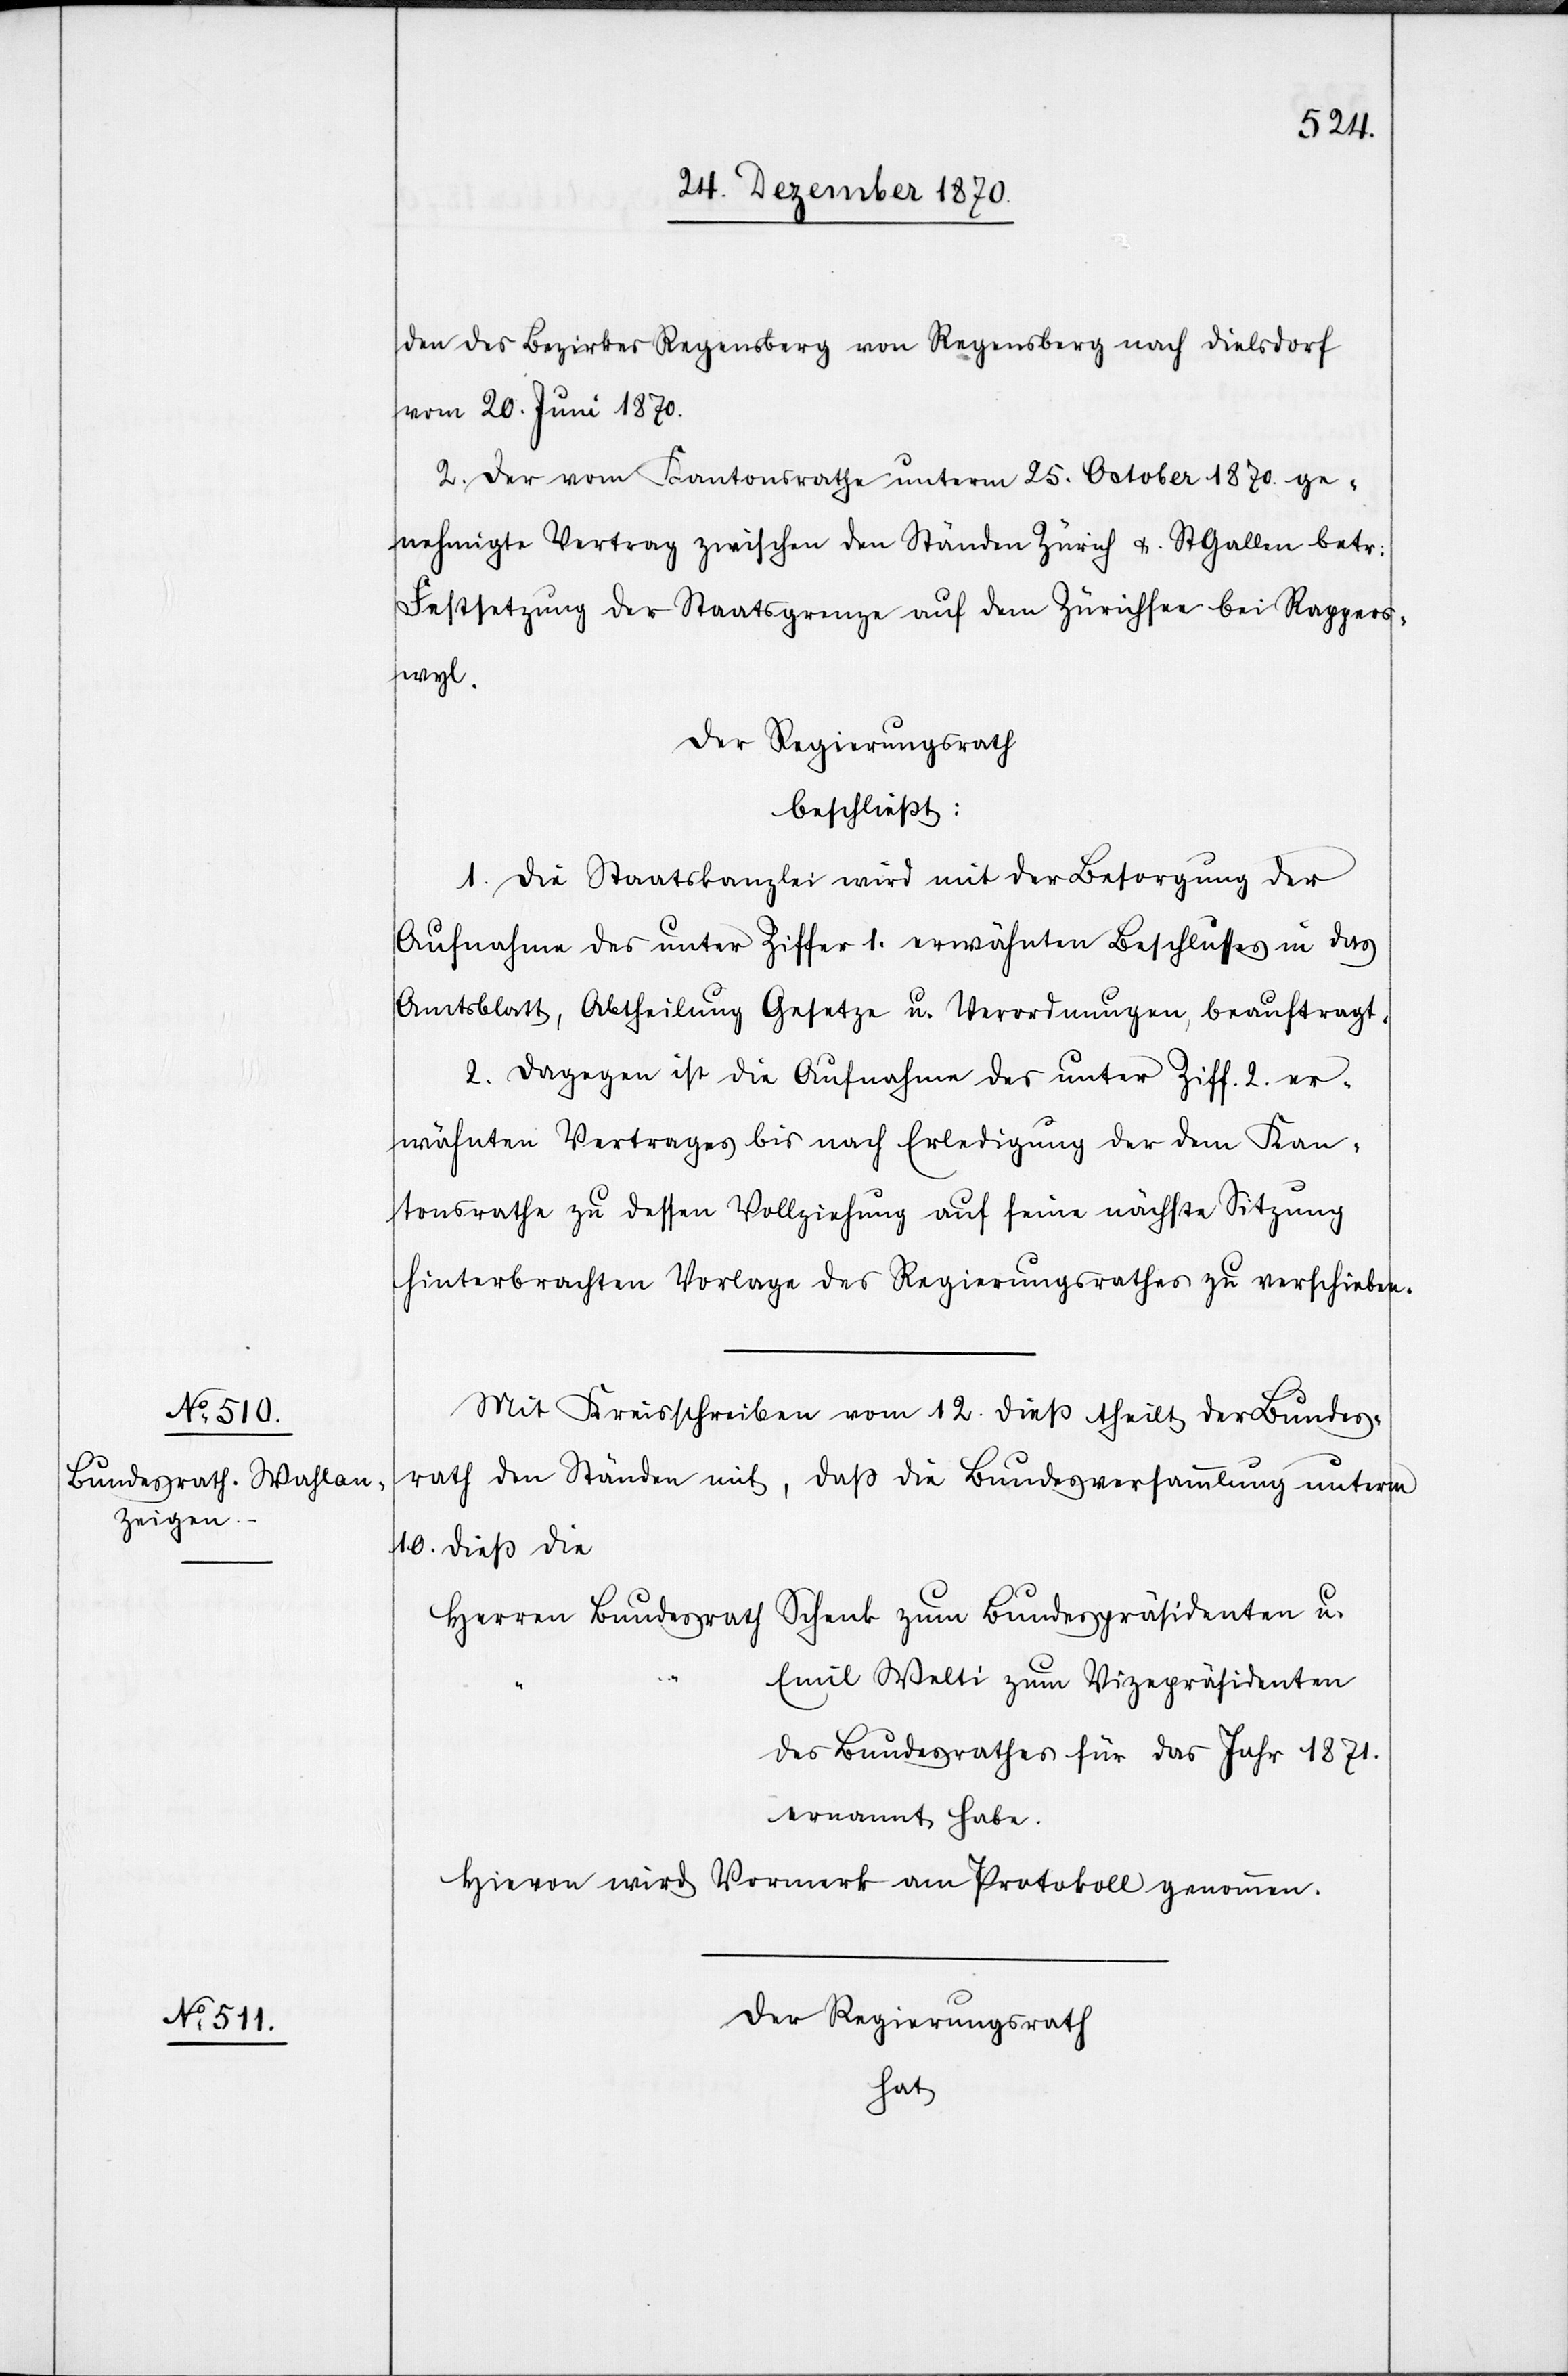
den des Bezirkes Regensberg von Regensberg nach Dielsdorf
vom 20. Juni 1870.
2. Der vom Kantonsrathe unterm 25. October 1870. ge¬
nehmigte Vertrag zwischen den Ständen Zürich &. St. Gallen betr:
Festsetzung der Staatsgrenze auf dem Zürichsee bei Rappers¬
wyl.
Der Regierungsrath
beschließt:
1. Die Staatskanzlei wird mit der Besorgung der
Aufnahme des unter Ziffer 1. erwähnten Beschlusses in das
Amtsblatt, Abtheilung Gesetze u. Verordnungen, beauftragt.
2. Dagegen ist die Aufnahme des unter Ziff. 2. er¬
wähnten Vertrages bis nach Erledigung der dem Kan¬
tonsrathe zu dessen Vollziehung auf seine nächste Sitzung
hinterbrachten Vorlage des Regierungsrathes zu verschieben.
Mit Kreisschreiben vom 12. dieß theilt der Bundes¬
rath den Ständen mit, daß die Bundesversammlung unterm
10. dieß die
Scheub zum Bundespräsidenten u.
Herren Bundesrath
Emil Welti zum Vizepräsidenten
des Bundesrathes für das Jahr 1871.
ernannt habe.
Hievon wird Vormerk am Protokoll genommen.
Der Regierungsrath
hat